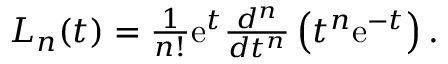
\begin{array} { r } { L _ { n } ( t ) = \frac { 1 } { n ! } \mathrm { e } ^ { t } \frac { d ^ { n } } { d t ^ { n } } \left( t ^ { n } \mathrm { e } ^ { - t } \right) . } \end{array}